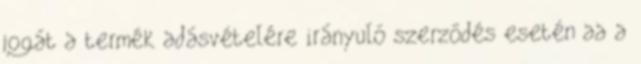
jogát a termék adásvételére irányuló szerződés esetén aa a